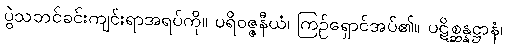
ပွဲသဘင်ခင်းကျင်းရာအရပ်ကို။ ပရိဝဇ္ဇနီယံ၊ ကြဉ်ရှောင်အပ်၏။ ပဋိစ္ဆန္နဋ္ဌာနံ၊